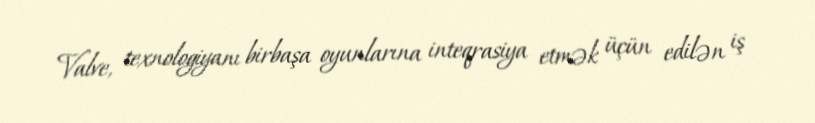
Valve, texnologiyanı birbaşa oyunlarına inteqrasiya etmək üçün edilən iş